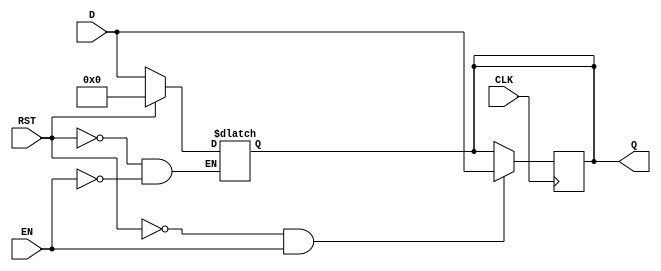
module DataRegister #(
    parameter WIDTH = 8 // Parameter to set the width of the register
)(
    input wire [WIDTH-1:0] D,      // Data input
    input wire CLK,                 // Clock input
    input wire RST,                 // Asynchronous reset
    input wire EN,                  // Optional enable signal
    output reg [WIDTH-1:0] Q        // Data output
);

    // Asynchronous reset logic
    always @(*) begin
        if (RST) begin
            Q <= {WIDTH{1'b0}}; // Clear the register to zero
        end
        else if (EN) begin
            Q <= D; // Capture the input data on clock edge
        end
    end

    // Synchronous operation on clock edge
    always @(posedge CLK) begin
        if (!RST && EN) begin
            Q <= D; // Update the register on clock edge if not reset
        end
    end

endmodule